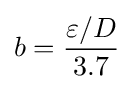
b={\frac {\varepsilon /D}{3.7}}